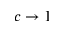
c \to 1